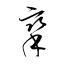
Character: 攣